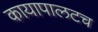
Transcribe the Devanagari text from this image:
कायापालटच